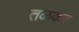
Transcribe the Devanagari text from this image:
तळकर